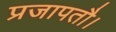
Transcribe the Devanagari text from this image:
प्रजापतौ।